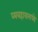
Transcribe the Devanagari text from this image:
व्यवहारामध्ये